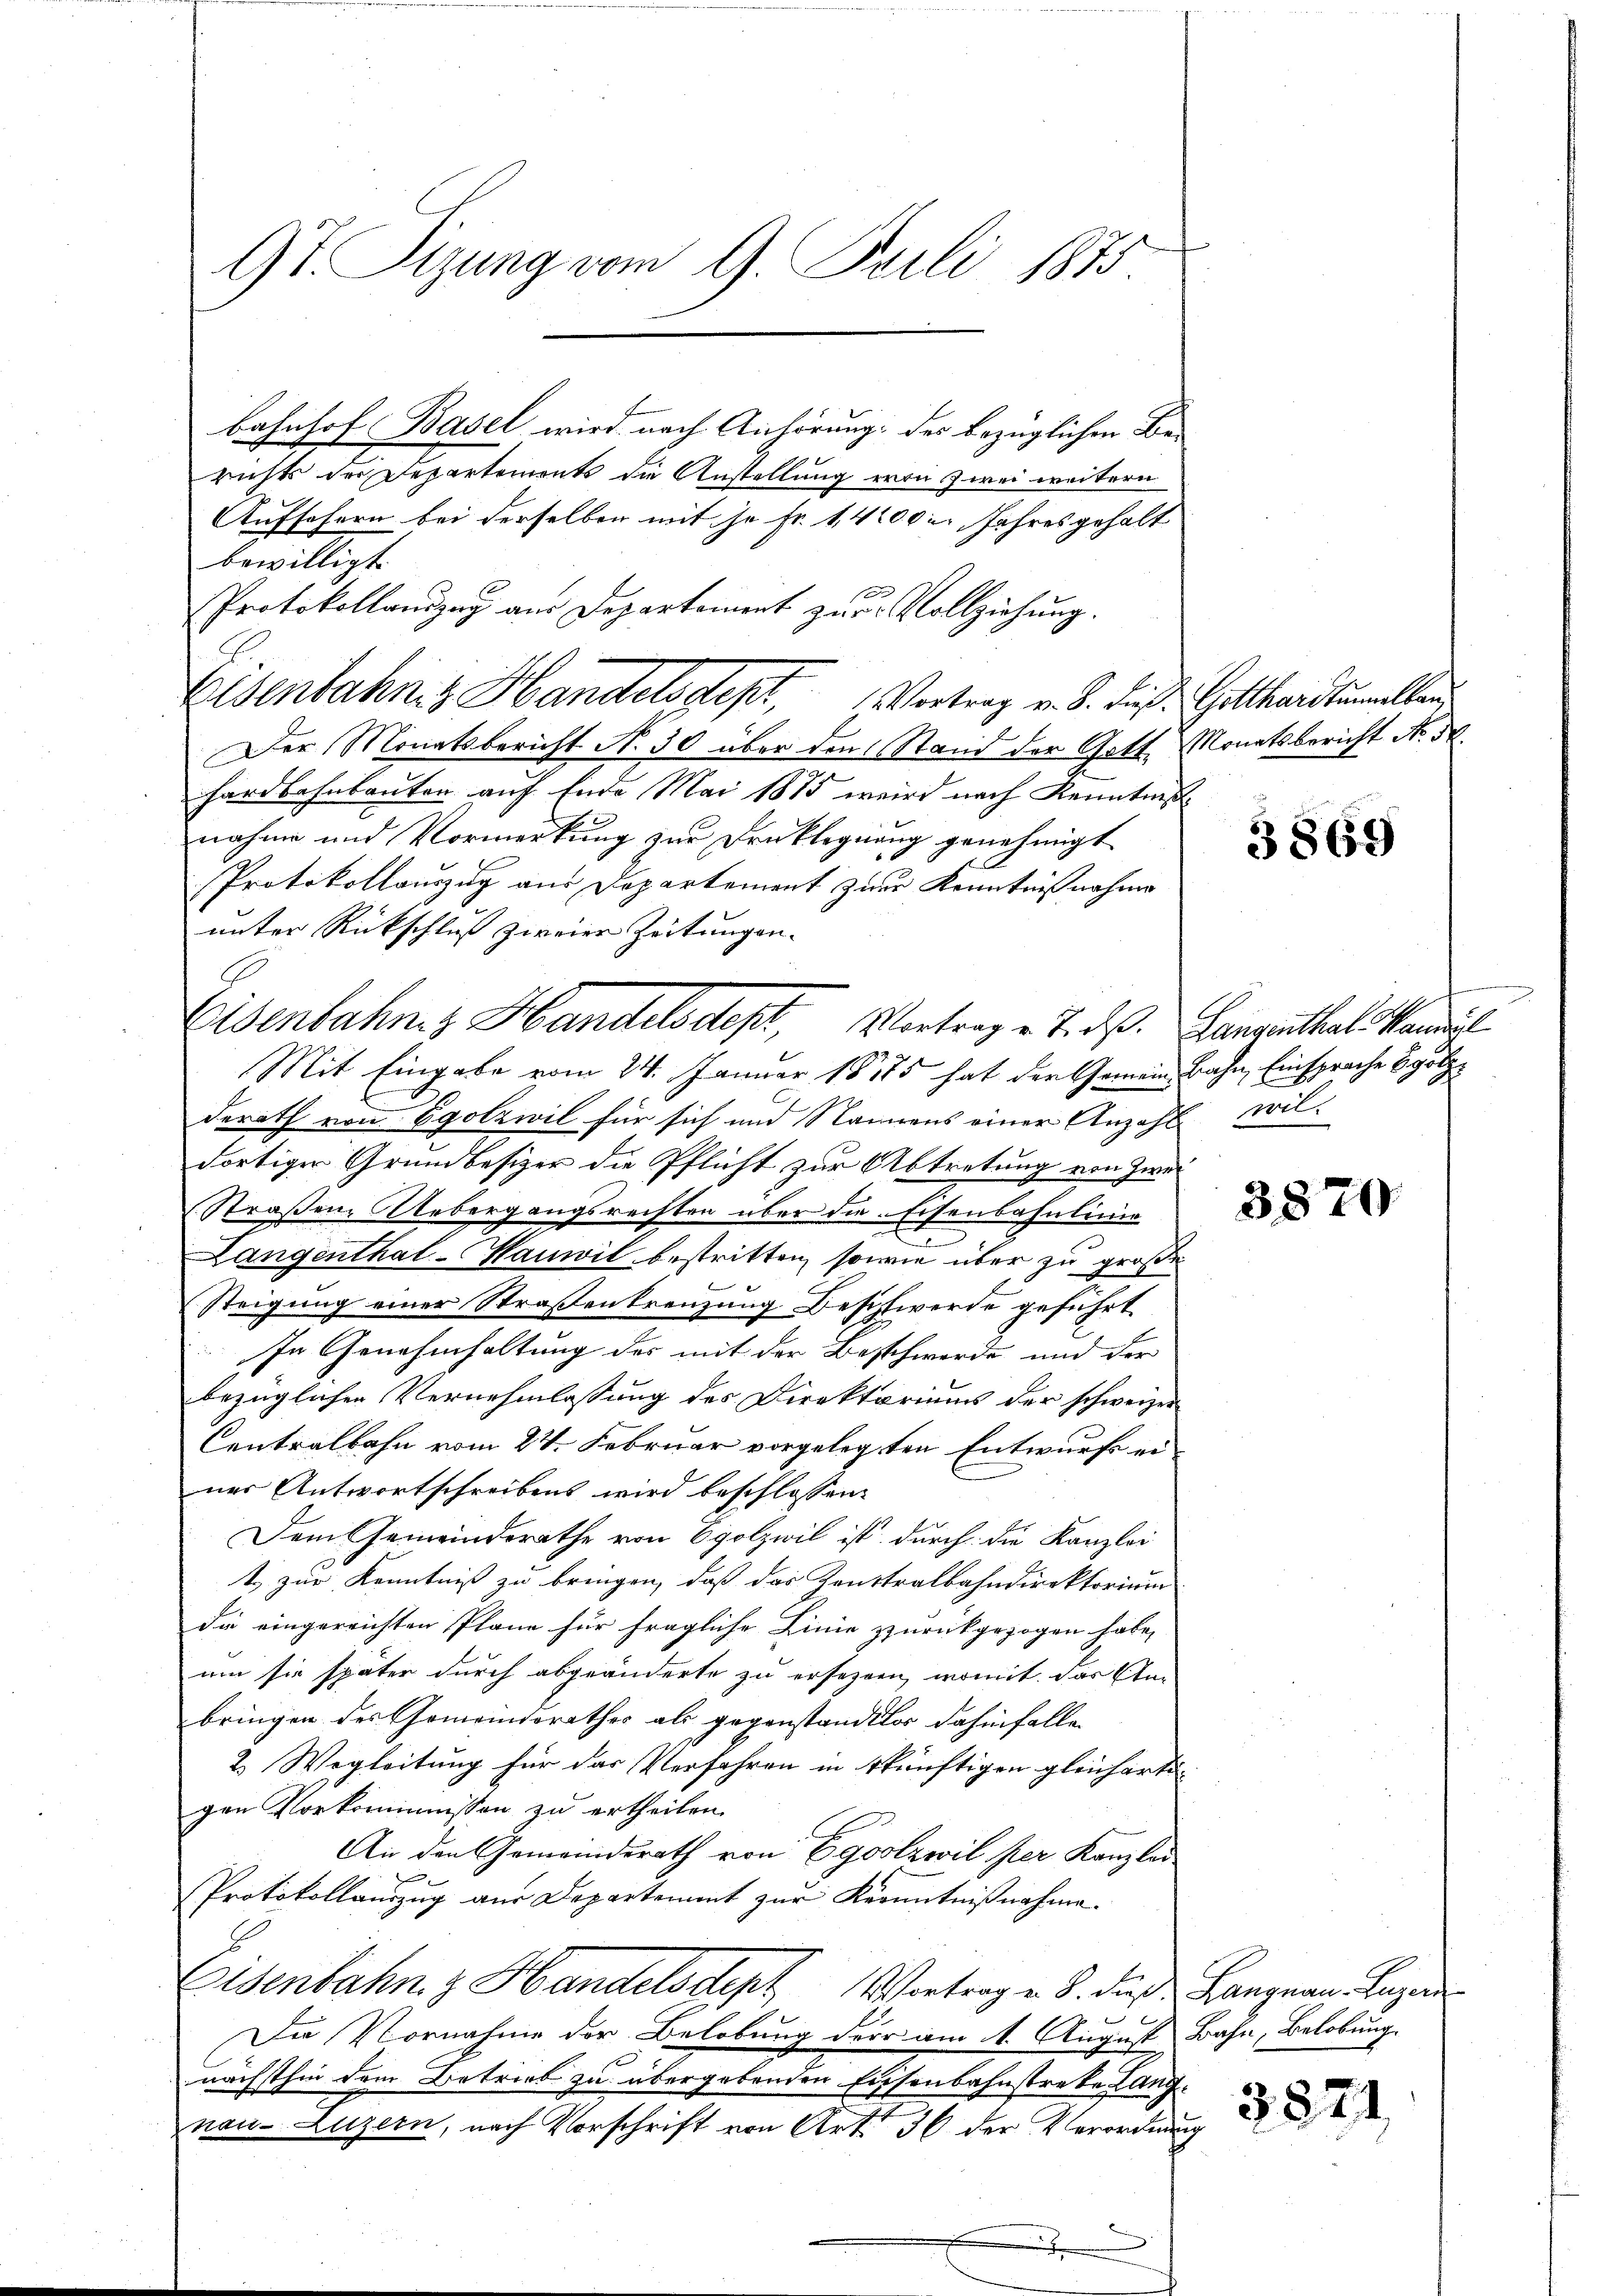
9t. Sizung vom 9. Juli 1875

bahnhof Basel wird nach Anhörung des bezüglichen Be-
richts der Departement die Anstellung von zwei weitern
Aufsofern bei derselben mit je Fr. 14000 u. Jahres gehalt
bewilligt.
Der Monatsbericht N. 30 über den Stand der Gott, Monatsbericht No. 50.
hardbahnbauten auf Ende Mai 1885 wird nach Kenntniß
nahme und Vormerkung zur Druklegnung genehmigt
Protokollauszug aus Departement zur Kenntnißnahme
unter Rückschluß zweier Zeitungen.
Mit Eingabe vom 24. Januar 1875 hat der Gemein Bahn, Einsprache Holzderath von Egotzwil für sich und Namens einer Anzahl wildortiger Grundbesizer die Pflicht zur Abtretung von Zwi¬
Straßene Uebergangsrechten über die Eisenbahnlinie
Langenthal-Hauwil bestritten, sowie über zu große
Steigung einer Straßenkreuzung Beschwerde geführt

In Genehmhaltung des mit der Beschwerde und der
bezüglichen Vernehmlassung des Direktoriums der schweizer
Centralbahn vom 24. Februar vorgelegten Entwurfs einer Antwortschreibens wird beschlossen:
Dem Gemeindsrathe von Egolzwil ist durch die Kanzlei
t. zur Kenntniß zu bringen, daß das Zentralbahndirektorium
die eingereichten Pläne für fragliche Linie zurückgezogen habe,
um sie später durch abgeänderte zu ersezern, womit das Anbringen des Gemeindsrathes als gegenstanditor dahinfalle
2. Wegleitung für das Verfahren in künftigen gleichartigen Vorkommissen zu ertheilen.
An den Gemeinderath von Egoolzwil per Kanzlei-
Protokollauszug aus Departement zŭr Kenntniβnahme.
Eisenbahn z Handelsdept Vortrag u. S. dieß Langnau, Luzern

Die Vornahme der Belobung der am 1. August Bahn, Belobung
nächsthin dem Betrieb zu übergebenden Eisenbahnstreke Langnon. Luzern, nach Vorschrift von Art. 36 der Verordnung
d

Protokollauszug aus Departement zur Vollziehung.
Eisenbahng Handelsdept, Vortrag v. B. dieß Gotthardtummellen

Eisenbahng Handelsdept, Vortrag v. J. des Langenthal kannt

3869

3870.